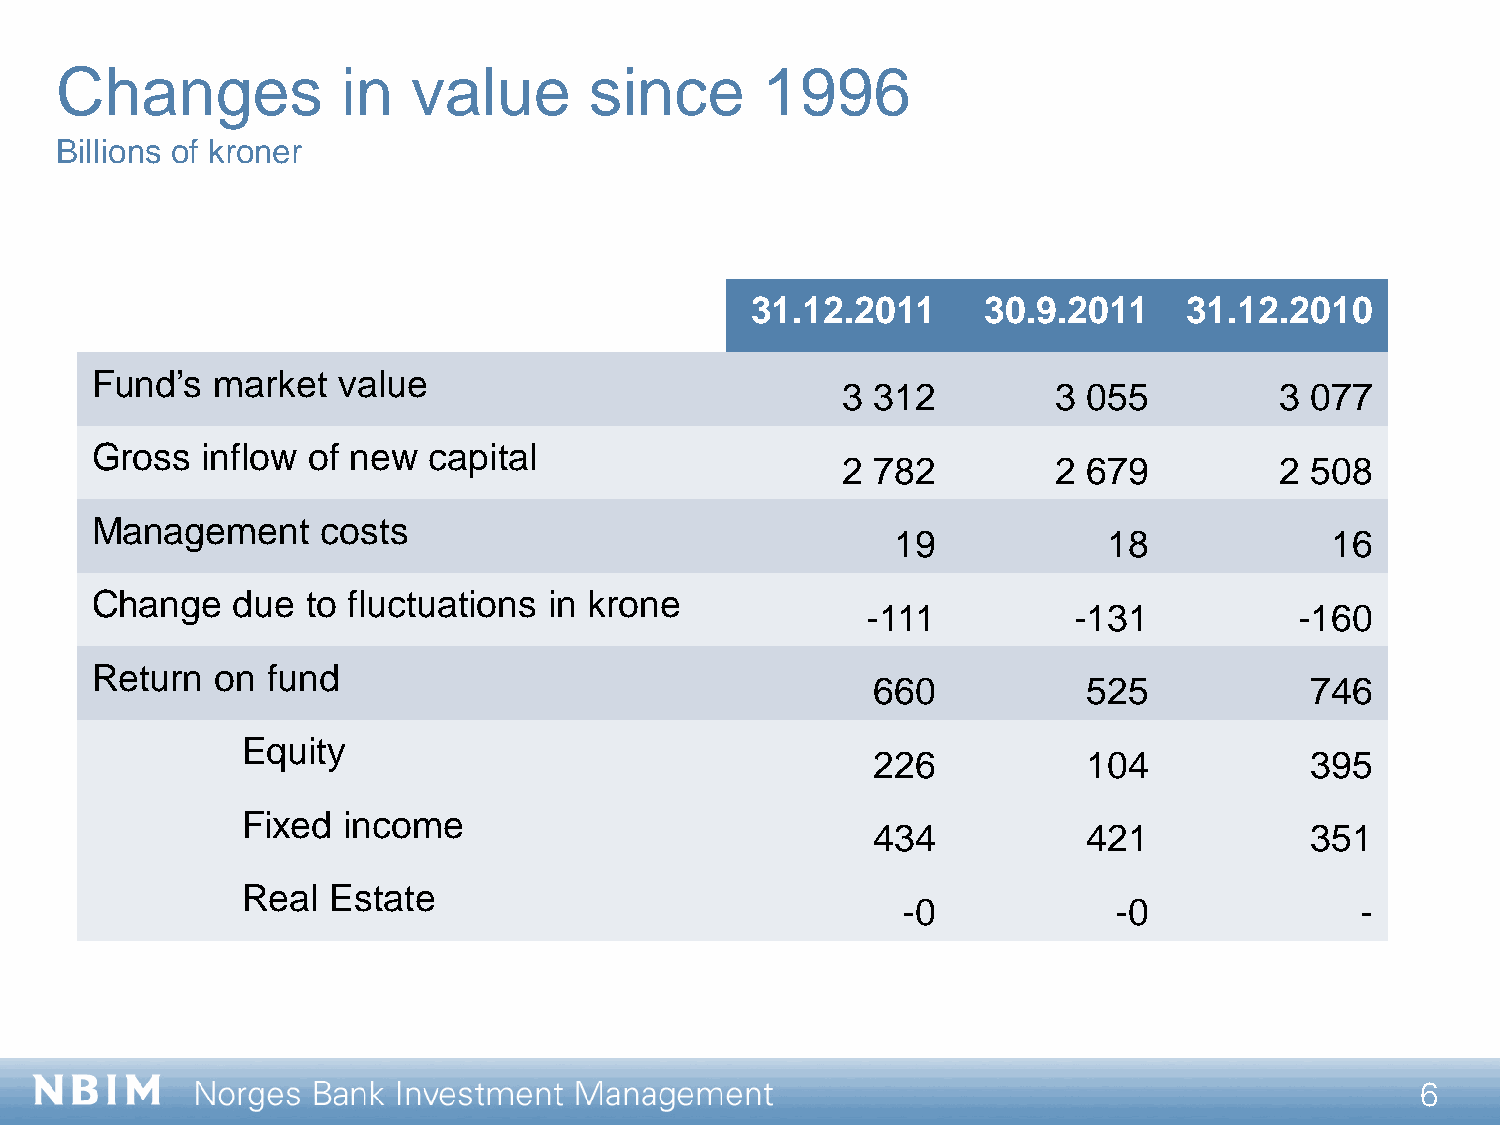
Changes            in  value       since      1996
 Billions of kroner
 31.12.2011     30.9.2011     31.12.2010
 Fund’s  market  value
 3 312         3 055          3 077
 Gross  inflow of new  capital
 2 782         2 679          2 508
 Management     costs
 19            18             16
 Change   due  to fluctuations in krone
 -111          -131           -160
 Return  on  fund
 660           525            746
 Equity
 226           104            395
 Fixed  income
 434           421            351
 Real  Estate
 -0            -0              -
 6